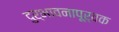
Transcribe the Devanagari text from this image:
दुर्भावनापूर्वक